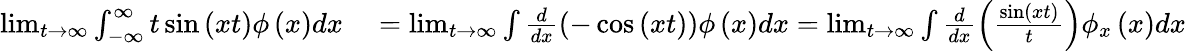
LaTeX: \begin{array}{rl}{\operatorname*{lim}_{t\rightarrow\infty}\int_{-\infty}^{\infty}t\sin\left(xt\right)\phi\left(x\right)dx}&{{}=\operatorname*{lim}_{t\rightarrow\infty}\int\frac{d}{dx}\left(-\cos\left(xt\right)\right)\phi\left(x\right)dx=\operatorname*{lim}_{t\rightarrow\infty}\int\frac{d}{dx}\left(\frac{\sin\left(xt\right)}{t}\right)\phi_{x}\left(x\right)dx}\end{array}